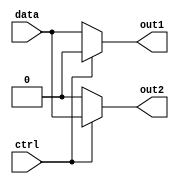
module demultiplexer(input wire data, input wire ctrl, output reg out1, output reg out2);

  always @(data, ctrl)
  begin
    if (ctrl == 0)
      begin
        out1 <= data;
        out2 <= 1'b0;
      end
    else
      begin
        out1 <= 1'b0;
        out2 <= data;
      end
  end

endmodule